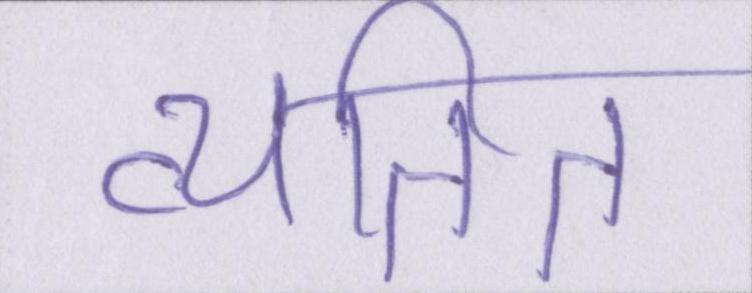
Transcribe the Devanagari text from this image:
व्यतित